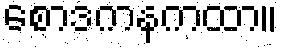
စောဒကနကထာ။